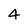
Character: 4